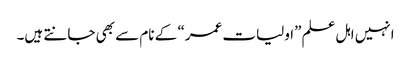
انہیں اہل علم ”اولیات عمر“ کے نام سے بھی جانتے ہیں۔